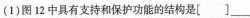
(1)图12中具有支持和保护功能的结构是[]___